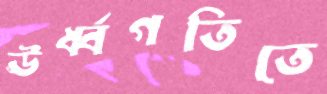
ঊর্ধ্বগতিতে